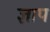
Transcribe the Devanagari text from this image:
ज्ञाप